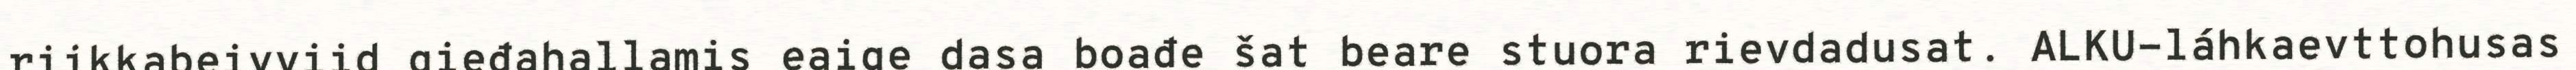
riikkabeivviid gieđahallamis eaige dasa boađe šat beare stuora rievdadusat. ALKU-láhkaevttohusas